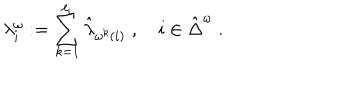
\lambda _ { i } ^ { \omega } : = \sum _ { k = 1 } ^ { \ell _ { i } } \hat { \lambda } _ { \omega ^ { k } ( i ) } \; , \quad i \in \hat { \Delta } ^ { \omega } \; .